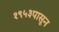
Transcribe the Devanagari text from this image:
१९५३पासून